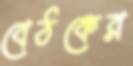
বেঠকের